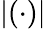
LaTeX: |(\cdot)|